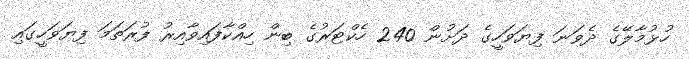
ހުޅުމާލޭގެ ދެވަނަ ފިޔަވަހީގެ ދަށުން 240 ހެކްޓަރުގެ ބިން ހިއްކާފައިވާއިރު ފުރަތަމަ ފިޔަވަހީގައި